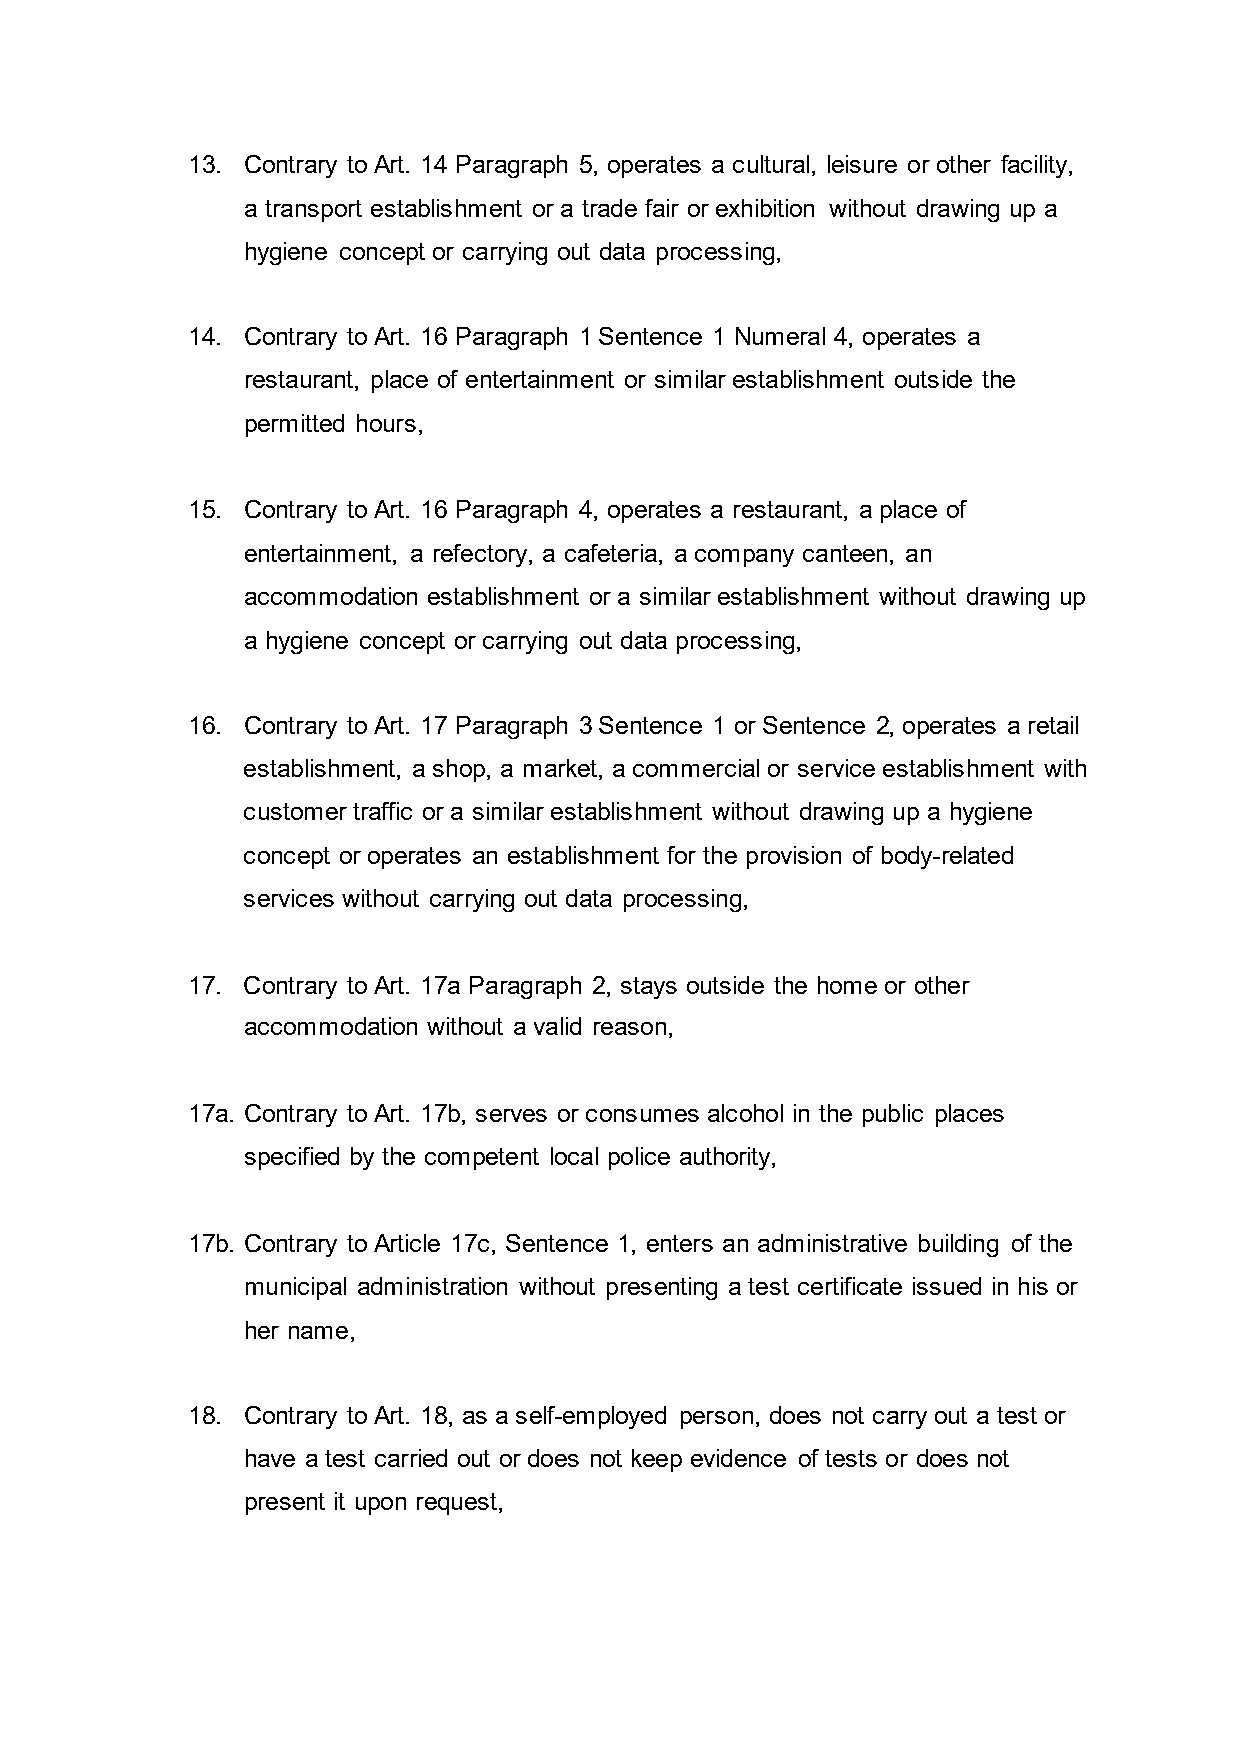
13. Contrary to Art. 14 Paragraph 5, operates a cultural, leisure or other facility,
 a transport establishment or a trade fair or exhibition without drawing up a
 hygiene concept or carrying out data processing,
 14. Contrary to Art. 16 Paragraph 1 Sentence 1 Numeral 4, operates a
 restaurant, place of entertainment or similar establishment outside the
 permitted hours,
 15. Contrary to Art. 16 Paragraph 4, operates a restaurant, a place of
 entertainment, a refectory, a cafeteria, a company canteen, an
 accommodation establishment or a similar establishment without drawing up
 a hygiene concept or carrying out data processing,
 16. Contrary to Art. 17 Paragraph 3 Sentence 1 or Sentence 2, operates a retail
 establishment, a shop, a market, a commercial or service establishment with
 customer traffic or a similar establishment without drawing up a hygiene
 concept or operates an establishment for the provision of body-related
 services without carrying out data processing,
 17. Contrary to Art. 17a Paragraph 2, stays outside the home or other
 accommodation without a valid reason,
 17a. Contrary to Art. 17b, serves or consumes alcohol in the public places
 specified by the competent local police authority,
 17b. Contrary to Article 17c, Sentence 1, enters an administrative building of the
 municipal administration without presenting a test certificate issued in his or
 her name,
 18. Contrary to Art. 18, as a self-employed person, does not carry out a test or
 have a test carried out or does not keep evidence of tests or does not
 present it upon request,